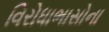
વિરોધાભાસોના